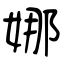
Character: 娜